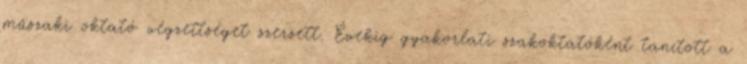
mûszaki oktató végzettséget szerzett. Évekig gyakorlati szakoktatóként tanított a